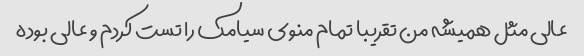
عالی مثل همیشه من تقریبا تمام منوی سیامک را تست کردم و عالی بوده